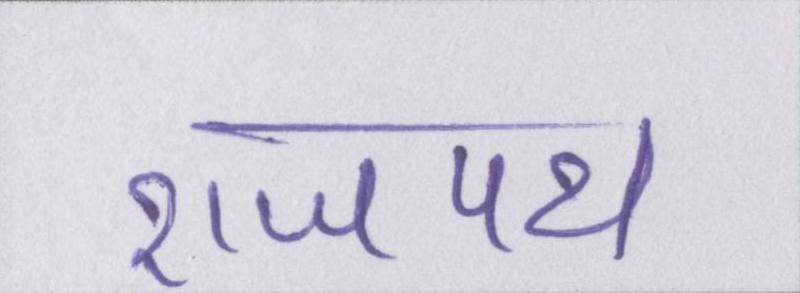
राजपथ